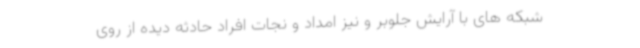
شبکه های با آرایش جلوبر و نیز امداد و نجات افراد حادثه دیده از روی